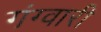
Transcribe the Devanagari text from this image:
गंग्वारी